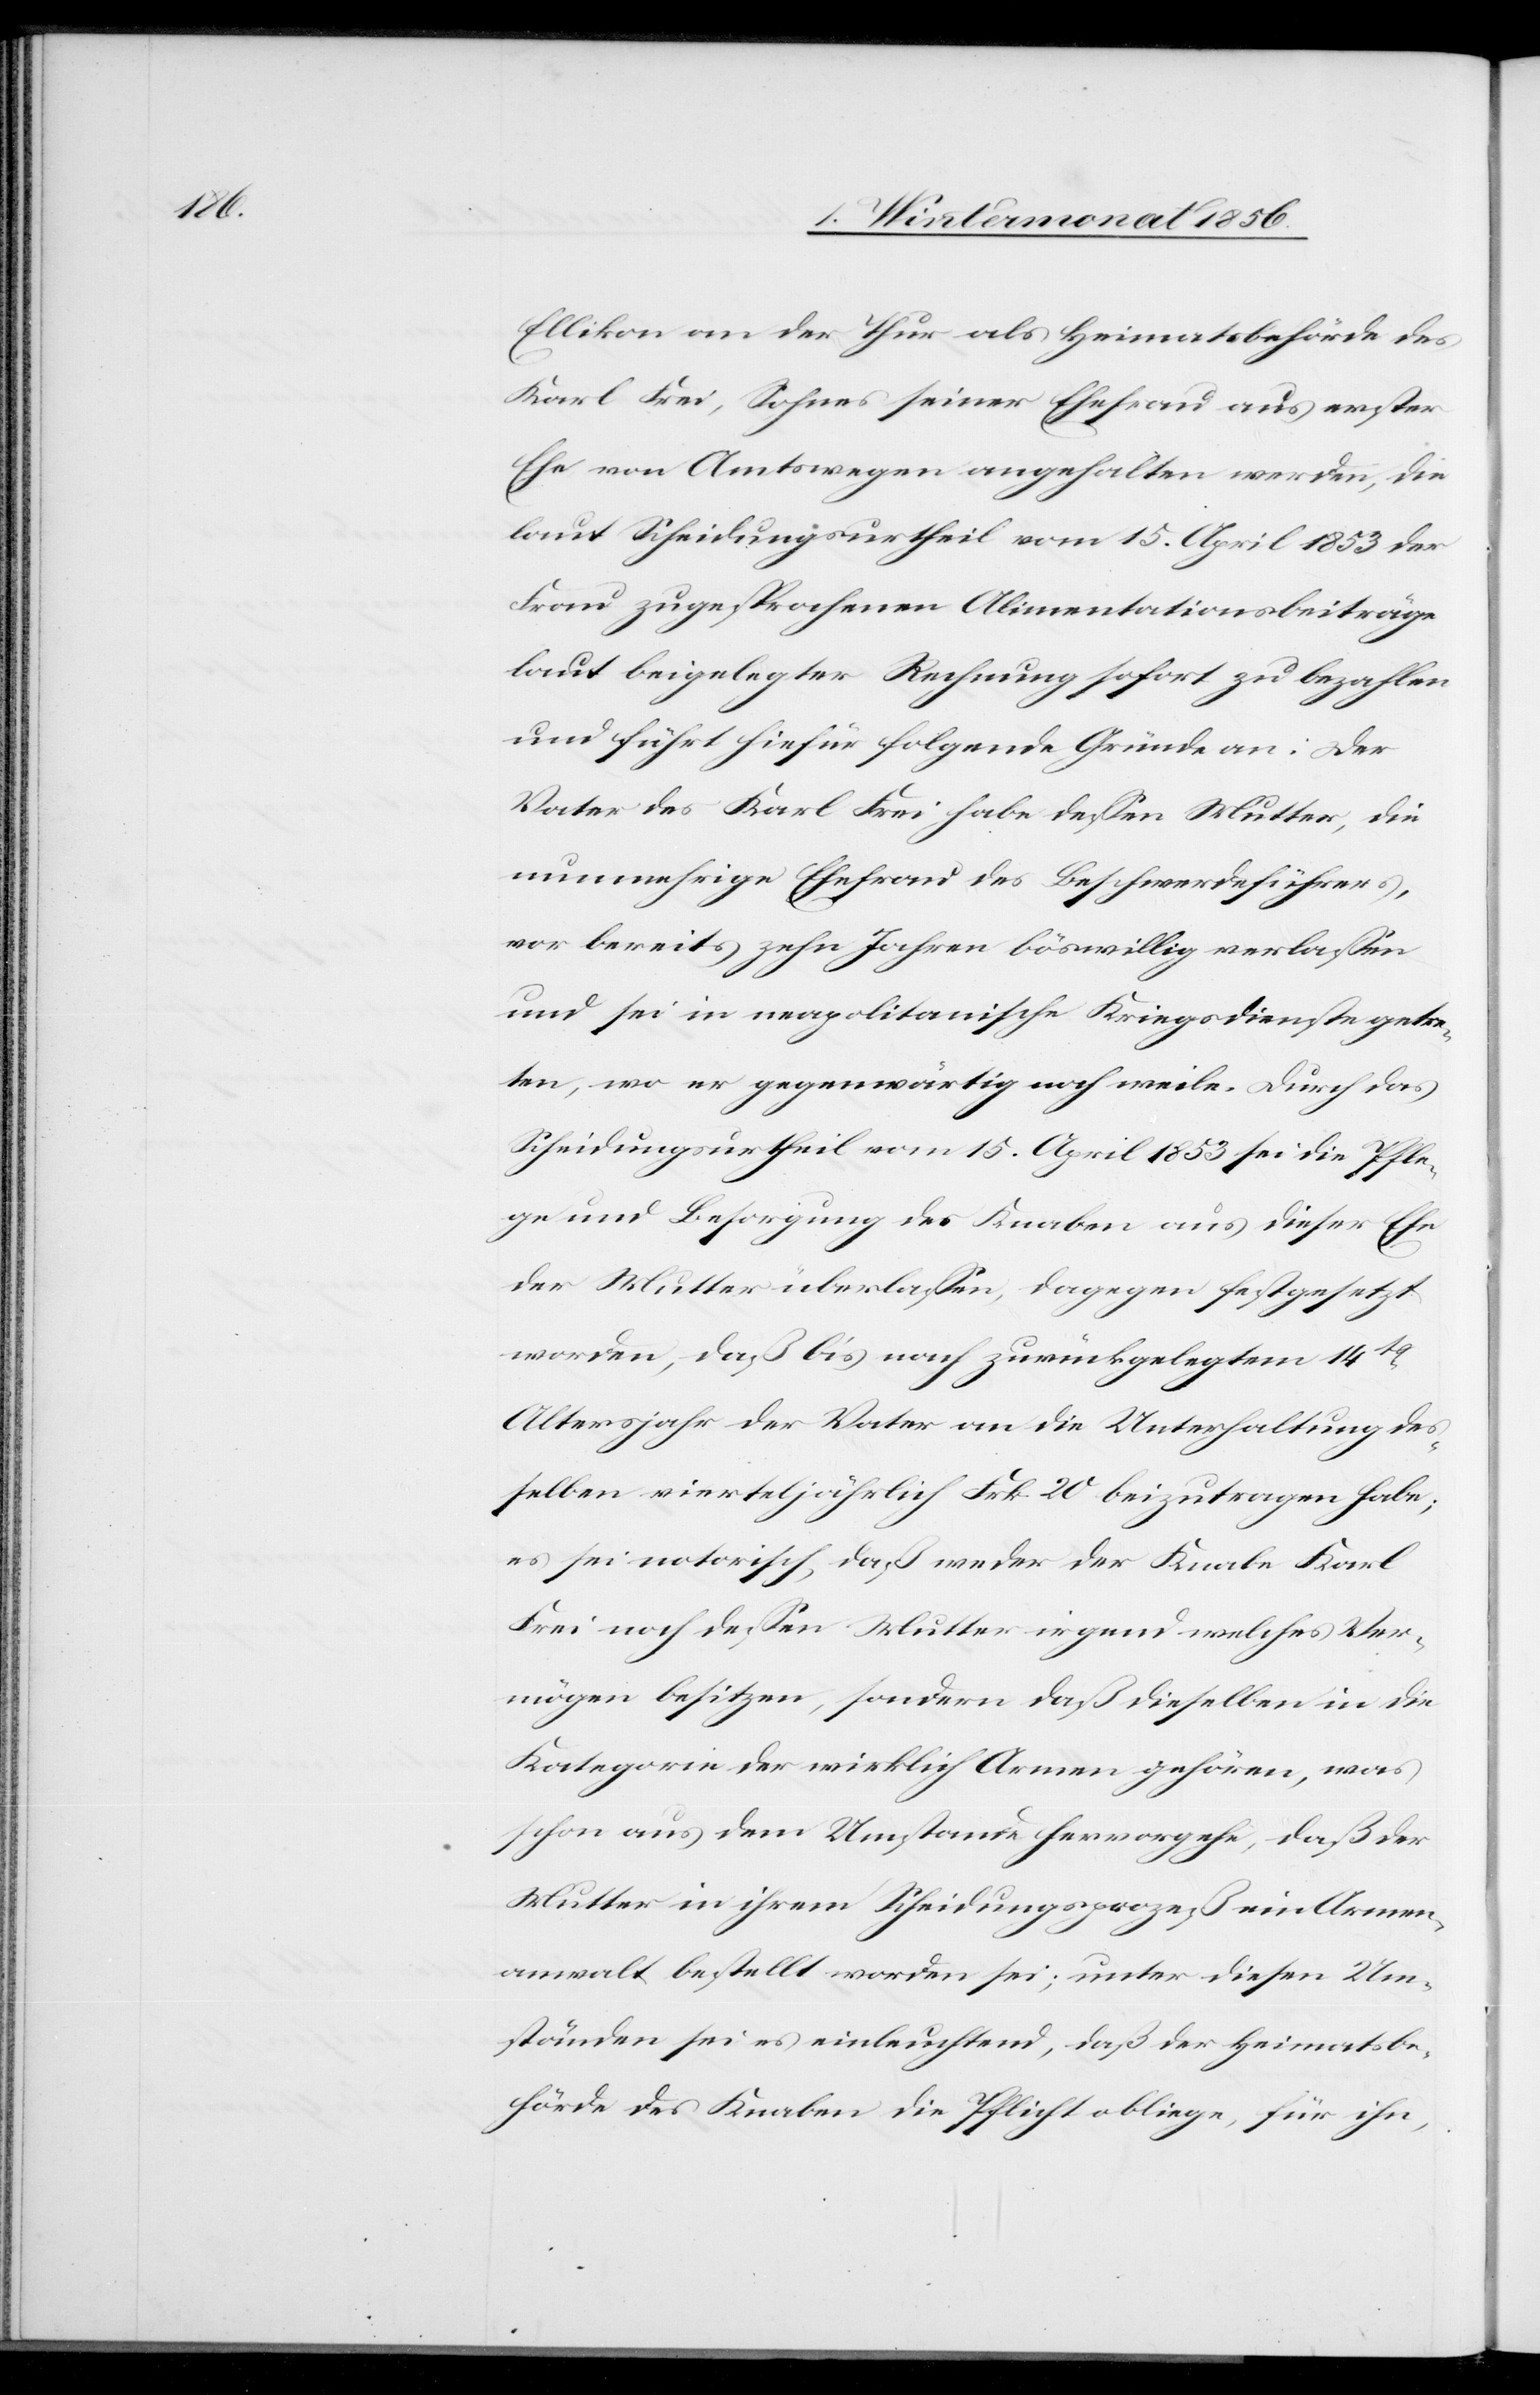
Ellikon an der Thur als Heimatsbehörde des
Karl Frei, Sohnes seiner Ehefrau aus erster
Ehe von Amtswegen angehalten werden, die
laut Scheidungsurtheil vom 15. April 1853 der
Frau zugesprochenen Alimentationsbeiträge
laut beigelegter Rechnung sofort zu bezahlen
und führt hiefür folgende Gründe an: Der
Vater des Karl Frei habe dessen Mutter, die
nunmehrige Ehefrau des Beschwerdeführers,
vor bereits zehn Jahren böswillig verlassen
und sei in neapolitanische Kriegsdienste getre¬
ten, wo er gegenwärtig noch weile. Durch das
Scheidungsurtheil vom 15. April 1853 sei die Pfle¬
ge und Besorgung des Knaben aus dieser Ehe
der Mutter überlassen, dagegen festgesetzt
worden, daß bis nach zurückgelegtem 14t-A¬
ltersjahr der Vater an die Unterhaltung des¬
selben vierteljährlich Frk. 20 beizutragen habe;
es sei notorisch, daß weder der Knabe Karl
Frei noch dessen Mutter irgend welches Ver¬
mögen besitzen, sondern daß dieselben in die
Kategorie der wirklich Armen gehören, was
schon aus dem Umstande hervorgehe, daß der
Mutter in ihrem Scheidungsprozeß ein Armen¬
anwalt bestellt worden sei; unter diesen Um¬
ständen sei es einleuchtend, daß der Heimatsbe¬
hörde des Knaben die Pflicht obliege, für ihn,